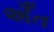
અઁત